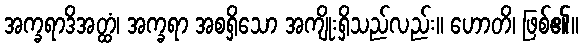
အက္ခရာဒိအတ္ထံ၊ အက္ခရာ အစရှိသော အကျိုးရှိသည်လည်း။ ဟောတိ၊ ဖြစ်၏။